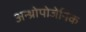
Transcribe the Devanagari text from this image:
अन्थ्रोपोजेनिक